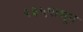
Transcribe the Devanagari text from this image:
२३५पासून